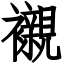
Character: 襯